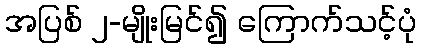
အပြစ် ၂-မျိုးမြင်၍ ကြောက်သင့်ပုံ